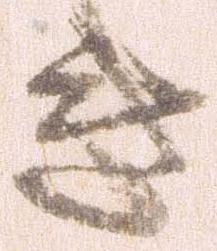
き